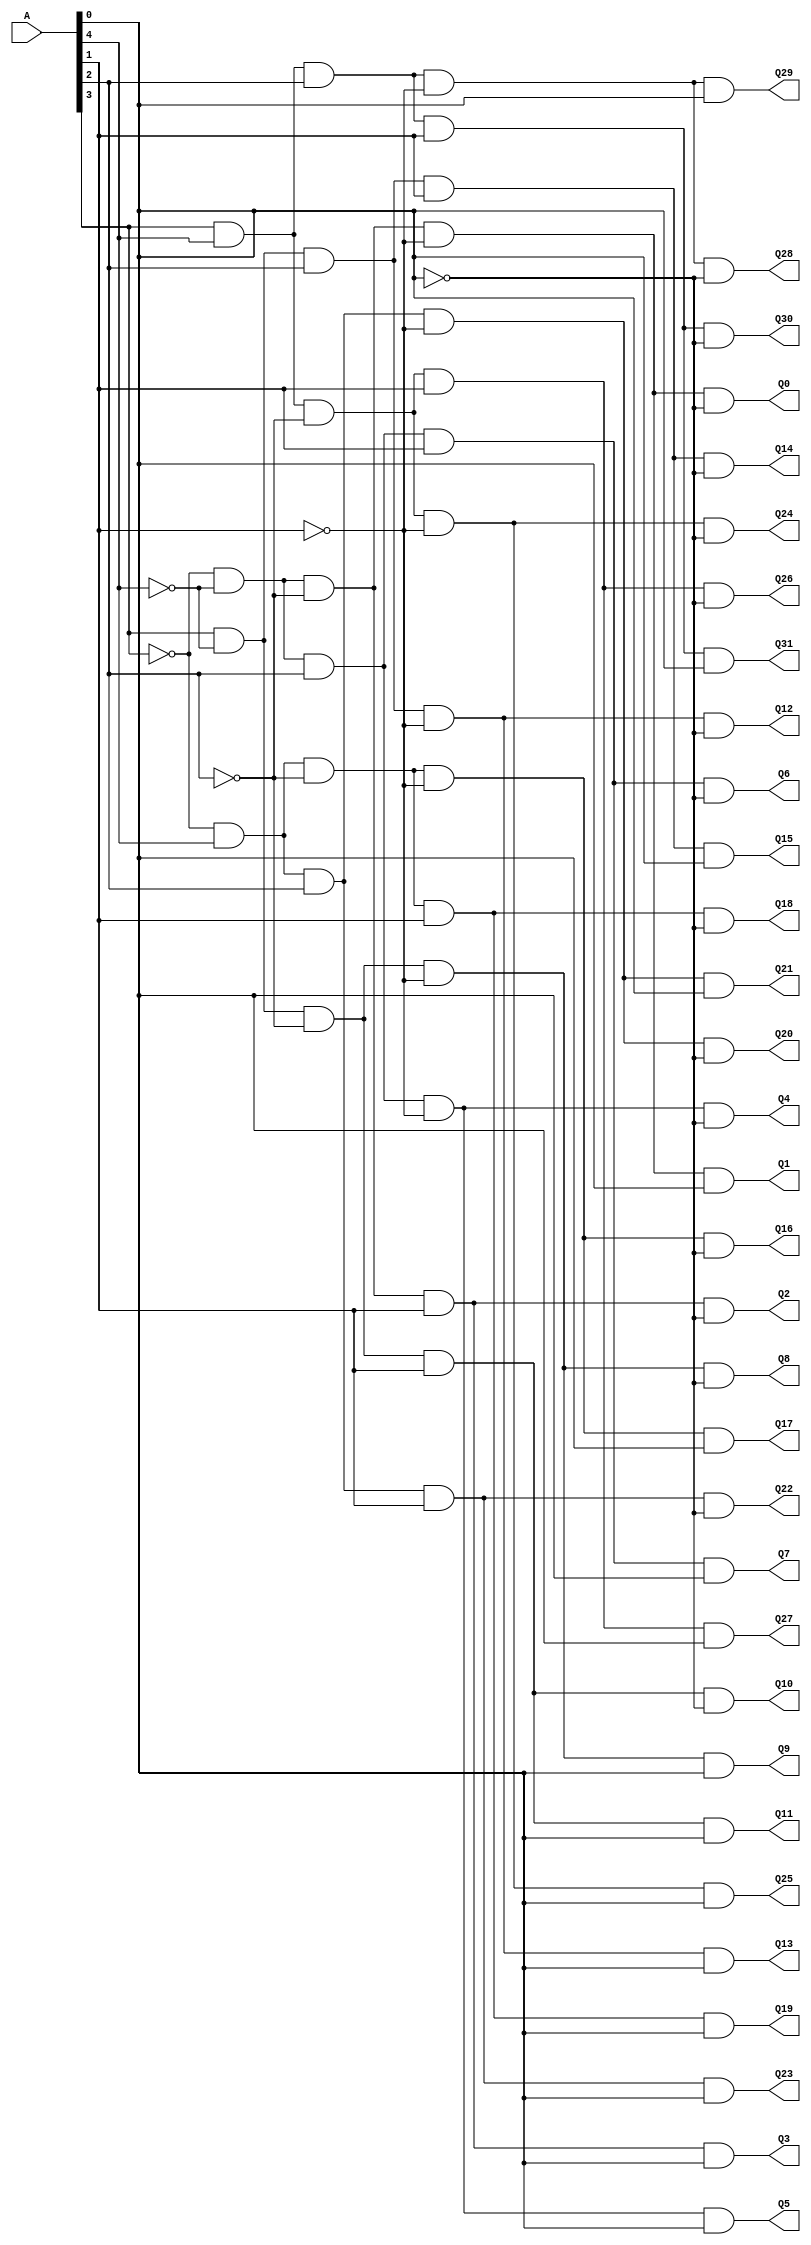
// Copyright (C) 2018  Intel Corporation. All rights reserved.
// Your use of Intel Corporation's design tools, logic functions 
// and other software and tools, and its AMPP partner logic 
// functions, and any output files from any of the foregoing 
// (including device programming or simulation files), and any 
// associated documentation or information are expressly subject 
// to the terms and conditions of the Intel Program License 
// Subscription Agreement, the Intel Quartus Prime License Agreement,
// the Intel FPGA IP License Agreement, or other applicable license
// agreement, including, without limitation, that your use is for
// the sole purpose of programming logic devices manufactured by
// Intel and sold by Intel or its authorized distributors.  Please
// refer to the applicable agreement for further details.

// PROGRAM		"Quartus Prime"
// VERSION		"Version 18.1.0 Build 625 09/12/2018 SJ Lite Edition"
// CREATED		"Thu Nov 05 11:49:41 2020"

module Decoder_32(
	A,
	Q0,
	Q1,
	Q2,
	Q3,
	Q4,
	Q5,
	Q6,
	Q7,
	Q8,
	Q9,
	Q10,
	Q11,
	Q12,
	Q13,
	Q14,
	Q15,
	Q16,
	Q17,
	Q18,
	Q19,
	Q20,
	Q21,
	Q22,
	Q23,
	Q24,
	Q25,
	Q26,
	Q27,
	Q28,
	Q29,
	Q30,
	Q31
);


input wire	[4:0] A;
output wire	Q0;
output wire	Q1;
output wire	Q2;
output wire	Q3;
output wire	Q4;
output wire	Q5;
output wire	Q6;
output wire	Q7;
output wire	Q8;
output wire	Q9;
output wire	Q10;
output wire	Q11;
output wire	Q12;
output wire	Q13;
output wire	Q14;
output wire	Q15;
output wire	Q16;
output wire	Q17;
output wire	Q18;
output wire	Q19;
output wire	Q20;
output wire	Q21;
output wire	Q22;
output wire	Q23;
output wire	Q24;
output wire	Q25;
output wire	Q26;
output wire	Q27;
output wire	Q28;
output wire	Q29;
output wire	Q30;
output wire	Q31;

wire	SYNTHESIZED_WIRE_0;
wire	SYNTHESIZED_WIRE_1;
wire	SYNTHESIZED_WIRE_2;
wire	SYNTHESIZED_WIRE_3;
wire	SYNTHESIZED_WIRE_4;
wire	SYNTHESIZED_WIRE_5;
wire	SYNTHESIZED_WIRE_6;
wire	SYNTHESIZED_WIRE_7;
wire	SYNTHESIZED_WIRE_8;
wire	SYNTHESIZED_WIRE_9;
wire	SYNTHESIZED_WIRE_10;
wire	SYNTHESIZED_WIRE_11;
wire	SYNTHESIZED_WIRE_12;
wire	SYNTHESIZED_WIRE_13;
wire	SYNTHESIZED_WIRE_14;
wire	SYNTHESIZED_WIRE_15;
wire	SYNTHESIZED_WIRE_16;
wire	SYNTHESIZED_WIRE_17;
wire	SYNTHESIZED_WIRE_18;
wire	SYNTHESIZED_WIRE_19;
wire	SYNTHESIZED_WIRE_20;
wire	SYNTHESIZED_WIRE_21;
wire	SYNTHESIZED_WIRE_22;
wire	SYNTHESIZED_WIRE_23;
wire	SYNTHESIZED_WIRE_24;
wire	SYNTHESIZED_WIRE_25;
wire	SYNTHESIZED_WIRE_26;
wire	SYNTHESIZED_WIRE_27;
wire	SYNTHESIZED_WIRE_28;
wire	SYNTHESIZED_WIRE_29;
wire	SYNTHESIZED_WIRE_30;
wire	SYNTHESIZED_WIRE_31;
wire	SYNTHESIZED_WIRE_32;
wire	SYNTHESIZED_WIRE_33;
wire	SYNTHESIZED_WIRE_34;
wire	SYNTHESIZED_WIRE_35;
wire	SYNTHESIZED_WIRE_36;
wire	SYNTHESIZED_WIRE_37;
wire	SYNTHESIZED_WIRE_38;
wire	SYNTHESIZED_WIRE_39;
wire	SYNTHESIZED_WIRE_40;
wire	SYNTHESIZED_WIRE_41;
wire	SYNTHESIZED_WIRE_42;
wire	SYNTHESIZED_WIRE_43;
wire	SYNTHESIZED_WIRE_44;
wire	SYNTHESIZED_WIRE_45;
wire	SYNTHESIZED_WIRE_46;
wire	SYNTHESIZED_WIRE_47;
wire	SYNTHESIZED_WIRE_48;
wire	SYNTHESIZED_WIRE_49;
wire	SYNTHESIZED_WIRE_50;
wire	SYNTHESIZED_WIRE_51;
wire	SYNTHESIZED_WIRE_52;
wire	SYNTHESIZED_WIRE_53;
wire	SYNTHESIZED_WIRE_54;
wire	SYNTHESIZED_WIRE_55;
wire	SYNTHESIZED_WIRE_56;
wire	SYNTHESIZED_WIRE_57;
wire	SYNTHESIZED_WIRE_58;
wire	SYNTHESIZED_WIRE_59;
wire	SYNTHESIZED_WIRE_60;
wire	SYNTHESIZED_WIRE_61;
wire	SYNTHESIZED_WIRE_62;
wire	SYNTHESIZED_WIRE_63;
wire	SYNTHESIZED_WIRE_64;
wire	SYNTHESIZED_WIRE_65;
wire	SYNTHESIZED_WIRE_66;
wire	SYNTHESIZED_WIRE_67;
wire	SYNTHESIZED_WIRE_68;
wire	SYNTHESIZED_WIRE_69;
wire	SYNTHESIZED_WIRE_70;
wire	SYNTHESIZED_WIRE_71;
wire	SYNTHESIZED_WIRE_72;
wire	SYNTHESIZED_WIRE_73;
wire	SYNTHESIZED_WIRE_74;
wire	SYNTHESIZED_WIRE_75;
wire	SYNTHESIZED_WIRE_76;
wire	SYNTHESIZED_WIRE_77;
wire	SYNTHESIZED_WIRE_78;
wire	SYNTHESIZED_WIRE_79;
wire	SYNTHESIZED_WIRE_80;
wire	SYNTHESIZED_WIRE_81;
wire	SYNTHESIZED_WIRE_82;
wire	SYNTHESIZED_WIRE_83;
wire	SYNTHESIZED_WIRE_84;
wire	SYNTHESIZED_WIRE_85;
wire	SYNTHESIZED_WIRE_86;
wire	SYNTHESIZED_WIRE_87;
wire	SYNTHESIZED_WIRE_88;
wire	SYNTHESIZED_WIRE_89;
wire	SYNTHESIZED_WIRE_90;
wire	SYNTHESIZED_WIRE_91;
wire	SYNTHESIZED_WIRE_92;
wire	SYNTHESIZED_WIRE_93;
wire	SYNTHESIZED_WIRE_94;
wire	SYNTHESIZED_WIRE_95;
wire	SYNTHESIZED_WIRE_96;
wire	SYNTHESIZED_WIRE_97;
wire	SYNTHESIZED_WIRE_98;
wire	SYNTHESIZED_WIRE_99;
wire	SYNTHESIZED_WIRE_100;
wire	SYNTHESIZED_WIRE_101;
wire	SYNTHESIZED_WIRE_102;
wire	SYNTHESIZED_WIRE_103;
wire	SYNTHESIZED_WIRE_104;
wire	SYNTHESIZED_WIRE_105;
wire	SYNTHESIZED_WIRE_106;
wire	SYNTHESIZED_WIRE_107;
wire	SYNTHESIZED_WIRE_108;
wire	SYNTHESIZED_WIRE_109;
wire	SYNTHESIZED_WIRE_110;
wire	SYNTHESIZED_WIRE_111;

assign	SYNTHESIZED_WIRE_1 = 1;
assign	SYNTHESIZED_WIRE_6 = 1;
assign	SYNTHESIZED_WIRE_9 = 1;
assign	SYNTHESIZED_WIRE_14 = 1;
assign	SYNTHESIZED_WIRE_18 = 1;
assign	SYNTHESIZED_WIRE_22 = 1;
assign	SYNTHESIZED_WIRE_25 = 1;
assign	SYNTHESIZED_WIRE_29 = 1;
assign	SYNTHESIZED_WIRE_32 = 1;
assign	SYNTHESIZED_WIRE_37 = 1;
assign	SYNTHESIZED_WIRE_40 = 1;
assign	SYNTHESIZED_WIRE_41 = 1;
assign	SYNTHESIZED_WIRE_45 = 1;
assign	SYNTHESIZED_WIRE_48 = 1;
assign	SYNTHESIZED_WIRE_51 = 1;
assign	SYNTHESIZED_WIRE_53 = 1;
assign	SYNTHESIZED_WIRE_56 = 1;
assign	SYNTHESIZED_WIRE_58 = 1;
assign	SYNTHESIZED_WIRE_60 = 1;
assign	SYNTHESIZED_WIRE_62 = 1;
assign	SYNTHESIZED_WIRE_66 = 1;
assign	SYNTHESIZED_WIRE_71 = 1;
assign	SYNTHESIZED_WIRE_75 = 1;
assign	SYNTHESIZED_WIRE_79 = 1;
assign	SYNTHESIZED_WIRE_81 = 1;
assign	SYNTHESIZED_WIRE_86 = 1;
assign	SYNTHESIZED_WIRE_90 = 1;
assign	SYNTHESIZED_WIRE_94 = 1;
assign	SYNTHESIZED_WIRE_98 = 1;
assign	SYNTHESIZED_WIRE_102 = 1;
assign	SYNTHESIZED_WIRE_106 = 1;
assign	SYNTHESIZED_WIRE_109 = 1;



assign	Q0 = SYNTHESIZED_WIRE_0 & SYNTHESIZED_WIRE_1 & SYNTHESIZED_WIRE_2 & SYNTHESIZED_WIRE_3 & SYNTHESIZED_WIRE_4 & SYNTHESIZED_WIRE_5;

assign	SYNTHESIZED_WIRE_97 =  ~A[3];

assign	SYNTHESIZED_WIRE_110 =  ~A[4];

assign	SYNTHESIZED_WIRE_111 =  ~A[0];


assign	Q15 = A[3] & SYNTHESIZED_WIRE_6 & SYNTHESIZED_WIRE_7 & A[2] & A[1] & A[0];

assign	SYNTHESIZED_WIRE_7 =  ~A[4];

assign	SYNTHESIZED_WIRE_100 =  ~A[2];


assign	Q16 = SYNTHESIZED_WIRE_8 & SYNTHESIZED_WIRE_9 & A[4] & SYNTHESIZED_WIRE_10 & SYNTHESIZED_WIRE_11 & SYNTHESIZED_WIRE_12;

assign	SYNTHESIZED_WIRE_8 =  ~A[3];

assign	SYNTHESIZED_WIRE_10 =  ~A[2];

assign	SYNTHESIZED_WIRE_11 =  ~A[1];

assign	SYNTHESIZED_WIRE_12 =  ~A[0];


assign	SYNTHESIZED_WIRE_101 =  ~A[1];

assign	Q17 = SYNTHESIZED_WIRE_13 & SYNTHESIZED_WIRE_14 & A[4] & SYNTHESIZED_WIRE_15 & SYNTHESIZED_WIRE_16 & A[0];

assign	SYNTHESIZED_WIRE_13 =  ~A[3];

assign	SYNTHESIZED_WIRE_15 =  ~A[2];

assign	SYNTHESIZED_WIRE_16 =  ~A[1];


assign	Q18 = SYNTHESIZED_WIRE_17 & SYNTHESIZED_WIRE_18 & A[4] & SYNTHESIZED_WIRE_19 & A[1] & SYNTHESIZED_WIRE_20;

assign	SYNTHESIZED_WIRE_17 =  ~A[3];

assign	SYNTHESIZED_WIRE_19 =  ~A[2];

assign	SYNTHESIZED_WIRE_20 =  ~A[0];


assign	Q19 = SYNTHESIZED_WIRE_21 & SYNTHESIZED_WIRE_22 & A[4] & SYNTHESIZED_WIRE_23 & A[1] & A[0];

assign	SYNTHESIZED_WIRE_21 =  ~A[3];

assign	SYNTHESIZED_WIRE_23 =  ~A[2];



assign	Q20 = SYNTHESIZED_WIRE_24 & SYNTHESIZED_WIRE_25 & A[4] & A[2] & SYNTHESIZED_WIRE_26 & SYNTHESIZED_WIRE_27;

assign	SYNTHESIZED_WIRE_24 =  ~A[3];

assign	SYNTHESIZED_WIRE_26 =  ~A[1];

assign	SYNTHESIZED_WIRE_27 =  ~A[0];


assign	Q21 = SYNTHESIZED_WIRE_28 & SYNTHESIZED_WIRE_29 & A[4] & A[2] & SYNTHESIZED_WIRE_30 & A[0];

assign	Q2 = SYNTHESIZED_WIRE_31 & SYNTHESIZED_WIRE_32 & SYNTHESIZED_WIRE_33 & SYNTHESIZED_WIRE_34 & A[1] & SYNTHESIZED_WIRE_35;

assign	SYNTHESIZED_WIRE_28 =  ~A[3];

assign	SYNTHESIZED_WIRE_30 =  ~A[1];


assign	Q22 = SYNTHESIZED_WIRE_36 & SYNTHESIZED_WIRE_37 & A[4] & A[2] & A[1] & SYNTHESIZED_WIRE_38;

assign	SYNTHESIZED_WIRE_36 =  ~A[3];

assign	SYNTHESIZED_WIRE_33 =  ~A[4];

assign	SYNTHESIZED_WIRE_38 =  ~A[0];


assign	Q23 = SYNTHESIZED_WIRE_39 & SYNTHESIZED_WIRE_40 & A[4] & A[2] & A[1] & A[0];

assign	SYNTHESIZED_WIRE_39 =  ~A[3];


assign	Q24 = A[3] & SYNTHESIZED_WIRE_41 & A[4] & SYNTHESIZED_WIRE_42 & SYNTHESIZED_WIRE_43 & SYNTHESIZED_WIRE_44;

assign	SYNTHESIZED_WIRE_31 =  ~A[3];

assign	SYNTHESIZED_WIRE_42 =  ~A[2];

assign	SYNTHESIZED_WIRE_43 =  ~A[1];

assign	SYNTHESIZED_WIRE_44 =  ~A[0];


assign	Q25 = A[3] & SYNTHESIZED_WIRE_45 & A[4] & SYNTHESIZED_WIRE_46 & SYNTHESIZED_WIRE_47 & A[0];

assign	SYNTHESIZED_WIRE_46 =  ~A[2];

assign	SYNTHESIZED_WIRE_34 =  ~A[2];

assign	SYNTHESIZED_WIRE_47 =  ~A[1];


assign	Q26 = A[3] & SYNTHESIZED_WIRE_48 & A[4] & SYNTHESIZED_WIRE_49 & A[1] & SYNTHESIZED_WIRE_50;

assign	SYNTHESIZED_WIRE_49 =  ~A[2];

assign	SYNTHESIZED_WIRE_50 =  ~A[0];


assign	Q27 = A[3] & SYNTHESIZED_WIRE_51 & A[4] & SYNTHESIZED_WIRE_52 & A[1] & A[0];

assign	SYNTHESIZED_WIRE_52 =  ~A[2];


assign	Q28 = A[3] & SYNTHESIZED_WIRE_53 & A[4] & A[2] & SYNTHESIZED_WIRE_54 & SYNTHESIZED_WIRE_55;

assign	SYNTHESIZED_WIRE_2 =  ~A[4];

assign	SYNTHESIZED_WIRE_35 =  ~A[0];

assign	SYNTHESIZED_WIRE_54 =  ~A[1];

assign	SYNTHESIZED_WIRE_55 =  ~A[0];


assign	Q29 = A[3] & SYNTHESIZED_WIRE_56 & A[4] & A[2] & SYNTHESIZED_WIRE_57 & A[0];

assign	SYNTHESIZED_WIRE_57 =  ~A[1];



assign	Q30 = A[3] & SYNTHESIZED_WIRE_58 & A[4] & A[2] & A[1] & SYNTHESIZED_WIRE_59;

assign	SYNTHESIZED_WIRE_59 =  ~A[0];


assign	Q31 = A[3] & SYNTHESIZED_WIRE_60 & A[4] & A[2] & A[1] & A[0];

assign	Q3 = SYNTHESIZED_WIRE_61 & SYNTHESIZED_WIRE_62 & SYNTHESIZED_WIRE_63 & SYNTHESIZED_WIRE_64 & A[1] & A[0];


assign	SYNTHESIZED_WIRE_63 =  ~A[4];

assign	SYNTHESIZED_WIRE_61 =  ~A[3];

assign	SYNTHESIZED_WIRE_64 =  ~A[2];


assign	Q4 = SYNTHESIZED_WIRE_65 & SYNTHESIZED_WIRE_66 & SYNTHESIZED_WIRE_67 & A[2] & SYNTHESIZED_WIRE_68 & SYNTHESIZED_WIRE_69;

assign	SYNTHESIZED_WIRE_0 =  ~A[3];

assign	SYNTHESIZED_WIRE_67 =  ~A[4];

assign	SYNTHESIZED_WIRE_65 =  ~A[3];

assign	SYNTHESIZED_WIRE_68 =  ~A[1];

assign	SYNTHESIZED_WIRE_69 =  ~A[0];


assign	Q5 = SYNTHESIZED_WIRE_70 & SYNTHESIZED_WIRE_71 & SYNTHESIZED_WIRE_72 & A[2] & SYNTHESIZED_WIRE_73 & A[0];

assign	SYNTHESIZED_WIRE_72 =  ~A[4];

assign	SYNTHESIZED_WIRE_70 =  ~A[3];

assign	SYNTHESIZED_WIRE_3 =  ~A[2];

assign	SYNTHESIZED_WIRE_73 =  ~A[1];


assign	Q6 = SYNTHESIZED_WIRE_74 & SYNTHESIZED_WIRE_75 & SYNTHESIZED_WIRE_76 & A[2] & A[1] & SYNTHESIZED_WIRE_77;

assign	SYNTHESIZED_WIRE_76 =  ~A[4];

assign	SYNTHESIZED_WIRE_74 =  ~A[3];

assign	SYNTHESIZED_WIRE_77 =  ~A[0];


assign	SYNTHESIZED_WIRE_4 =  ~A[1];

assign	Q7 = SYNTHESIZED_WIRE_78 & SYNTHESIZED_WIRE_79 & SYNTHESIZED_WIRE_80 & A[2] & A[1] & A[0];

assign	SYNTHESIZED_WIRE_80 =  ~A[4];

assign	SYNTHESIZED_WIRE_78 =  ~A[3];


assign	Q8 = A[3] & SYNTHESIZED_WIRE_81 & SYNTHESIZED_WIRE_82 & SYNTHESIZED_WIRE_83 & SYNTHESIZED_WIRE_84 & SYNTHESIZED_WIRE_85;

assign	SYNTHESIZED_WIRE_82 =  ~A[4];

assign	SYNTHESIZED_WIRE_5 =  ~A[0];

assign	SYNTHESIZED_WIRE_83 =  ~A[2];

assign	SYNTHESIZED_WIRE_84 =  ~A[1];

assign	SYNTHESIZED_WIRE_85 =  ~A[0];


assign	Q9 = A[3] & SYNTHESIZED_WIRE_86 & SYNTHESIZED_WIRE_87 & SYNTHESIZED_WIRE_88 & SYNTHESIZED_WIRE_89 & A[0];

assign	SYNTHESIZED_WIRE_87 =  ~A[4];

assign	SYNTHESIZED_WIRE_88 =  ~A[2];

assign	SYNTHESIZED_WIRE_89 =  ~A[1];



assign	Q10 = A[3] & SYNTHESIZED_WIRE_90 & SYNTHESIZED_WIRE_91 & SYNTHESIZED_WIRE_92 & A[1] & SYNTHESIZED_WIRE_93;

assign	SYNTHESIZED_WIRE_91 =  ~A[4];

assign	SYNTHESIZED_WIRE_92 =  ~A[2];

assign	SYNTHESIZED_WIRE_93 =  ~A[0];


assign	Q11 = A[3] & SYNTHESIZED_WIRE_94 & SYNTHESIZED_WIRE_95 & SYNTHESIZED_WIRE_96 & A[1] & A[0];

assign	SYNTHESIZED_WIRE_95 =  ~A[4];

assign	Q1 = SYNTHESIZED_WIRE_97 & SYNTHESIZED_WIRE_98 & SYNTHESIZED_WIRE_99 & SYNTHESIZED_WIRE_100 & SYNTHESIZED_WIRE_101 & A[0];

assign	SYNTHESIZED_WIRE_96 =  ~A[2];


assign	Q12 = A[3] & SYNTHESIZED_WIRE_102 & SYNTHESIZED_WIRE_103 & A[2] & SYNTHESIZED_WIRE_104 & SYNTHESIZED_WIRE_105;

assign	SYNTHESIZED_WIRE_103 =  ~A[4];

assign	SYNTHESIZED_WIRE_104 =  ~A[1];

assign	SYNTHESIZED_WIRE_99 =  ~A[4];

assign	SYNTHESIZED_WIRE_105 =  ~A[0];


assign	Q13 = A[3] & SYNTHESIZED_WIRE_106 & SYNTHESIZED_WIRE_107 & A[2] & SYNTHESIZED_WIRE_108 & A[0];

assign	SYNTHESIZED_WIRE_107 =  ~A[4];

assign	SYNTHESIZED_WIRE_108 =  ~A[1];


assign	Q14 = A[3] & SYNTHESIZED_WIRE_109 & SYNTHESIZED_WIRE_110 & A[2] & A[1] & SYNTHESIZED_WIRE_111;


endmodule